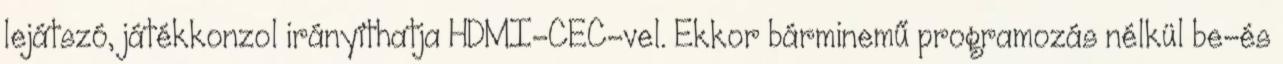
lejátszó, játékkonzol irányíthatja HDMI-CEC-vel. Ekkor bárminemű programozás nélkül be-és